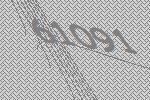
61091